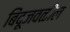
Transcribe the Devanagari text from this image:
बिंदूजवळील